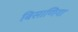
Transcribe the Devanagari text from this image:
बिसाणिया